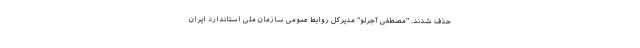
حذف شدند. "مصطفی آجرلو" مدیرکل روابط عمومی سازمان ملی استاندارد ایران